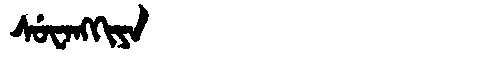
Manchu: ᠰᡠᠸᠠᠩᡴᡳᠶᠠ
Romanization: SUWANGKIYA